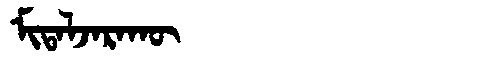
Manchu: ᠮᡳᡨᠠᠯᠵᠠᡵᠠᡴᡡ
Romanization: MITALJARAKŪ